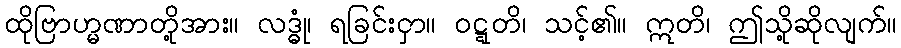
ထိုဗြာဟ္မဏာတို့အား။ လဒ္ဓုံ၊ ရခြင်းငှာ။ ဝဋ္ဋတိ၊ သင့်၏။ ဣတိ၊ ဤသို့ဆိုလျက်။